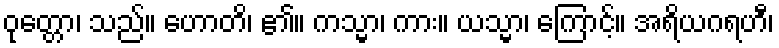
ဝုတ္တော၊ သည်။ ဟောတိ၊ ၏။ ကသ္မာ၊ ကား။ ယသ္မာ၊ ကြောင့်။ အရိယဂရဟီ၊